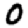
Digit: 0